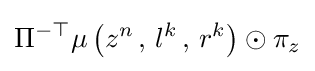
\Pi ^{-\top }\mu \left(z^{n}\,,\,l^{k}\,,\,r^{k}\right)\odot \pi _{z}